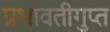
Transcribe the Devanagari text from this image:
प्रभावतीगुप्त